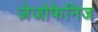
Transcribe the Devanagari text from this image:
ज़ेजोफेनिज